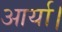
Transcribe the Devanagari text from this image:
आर्या।